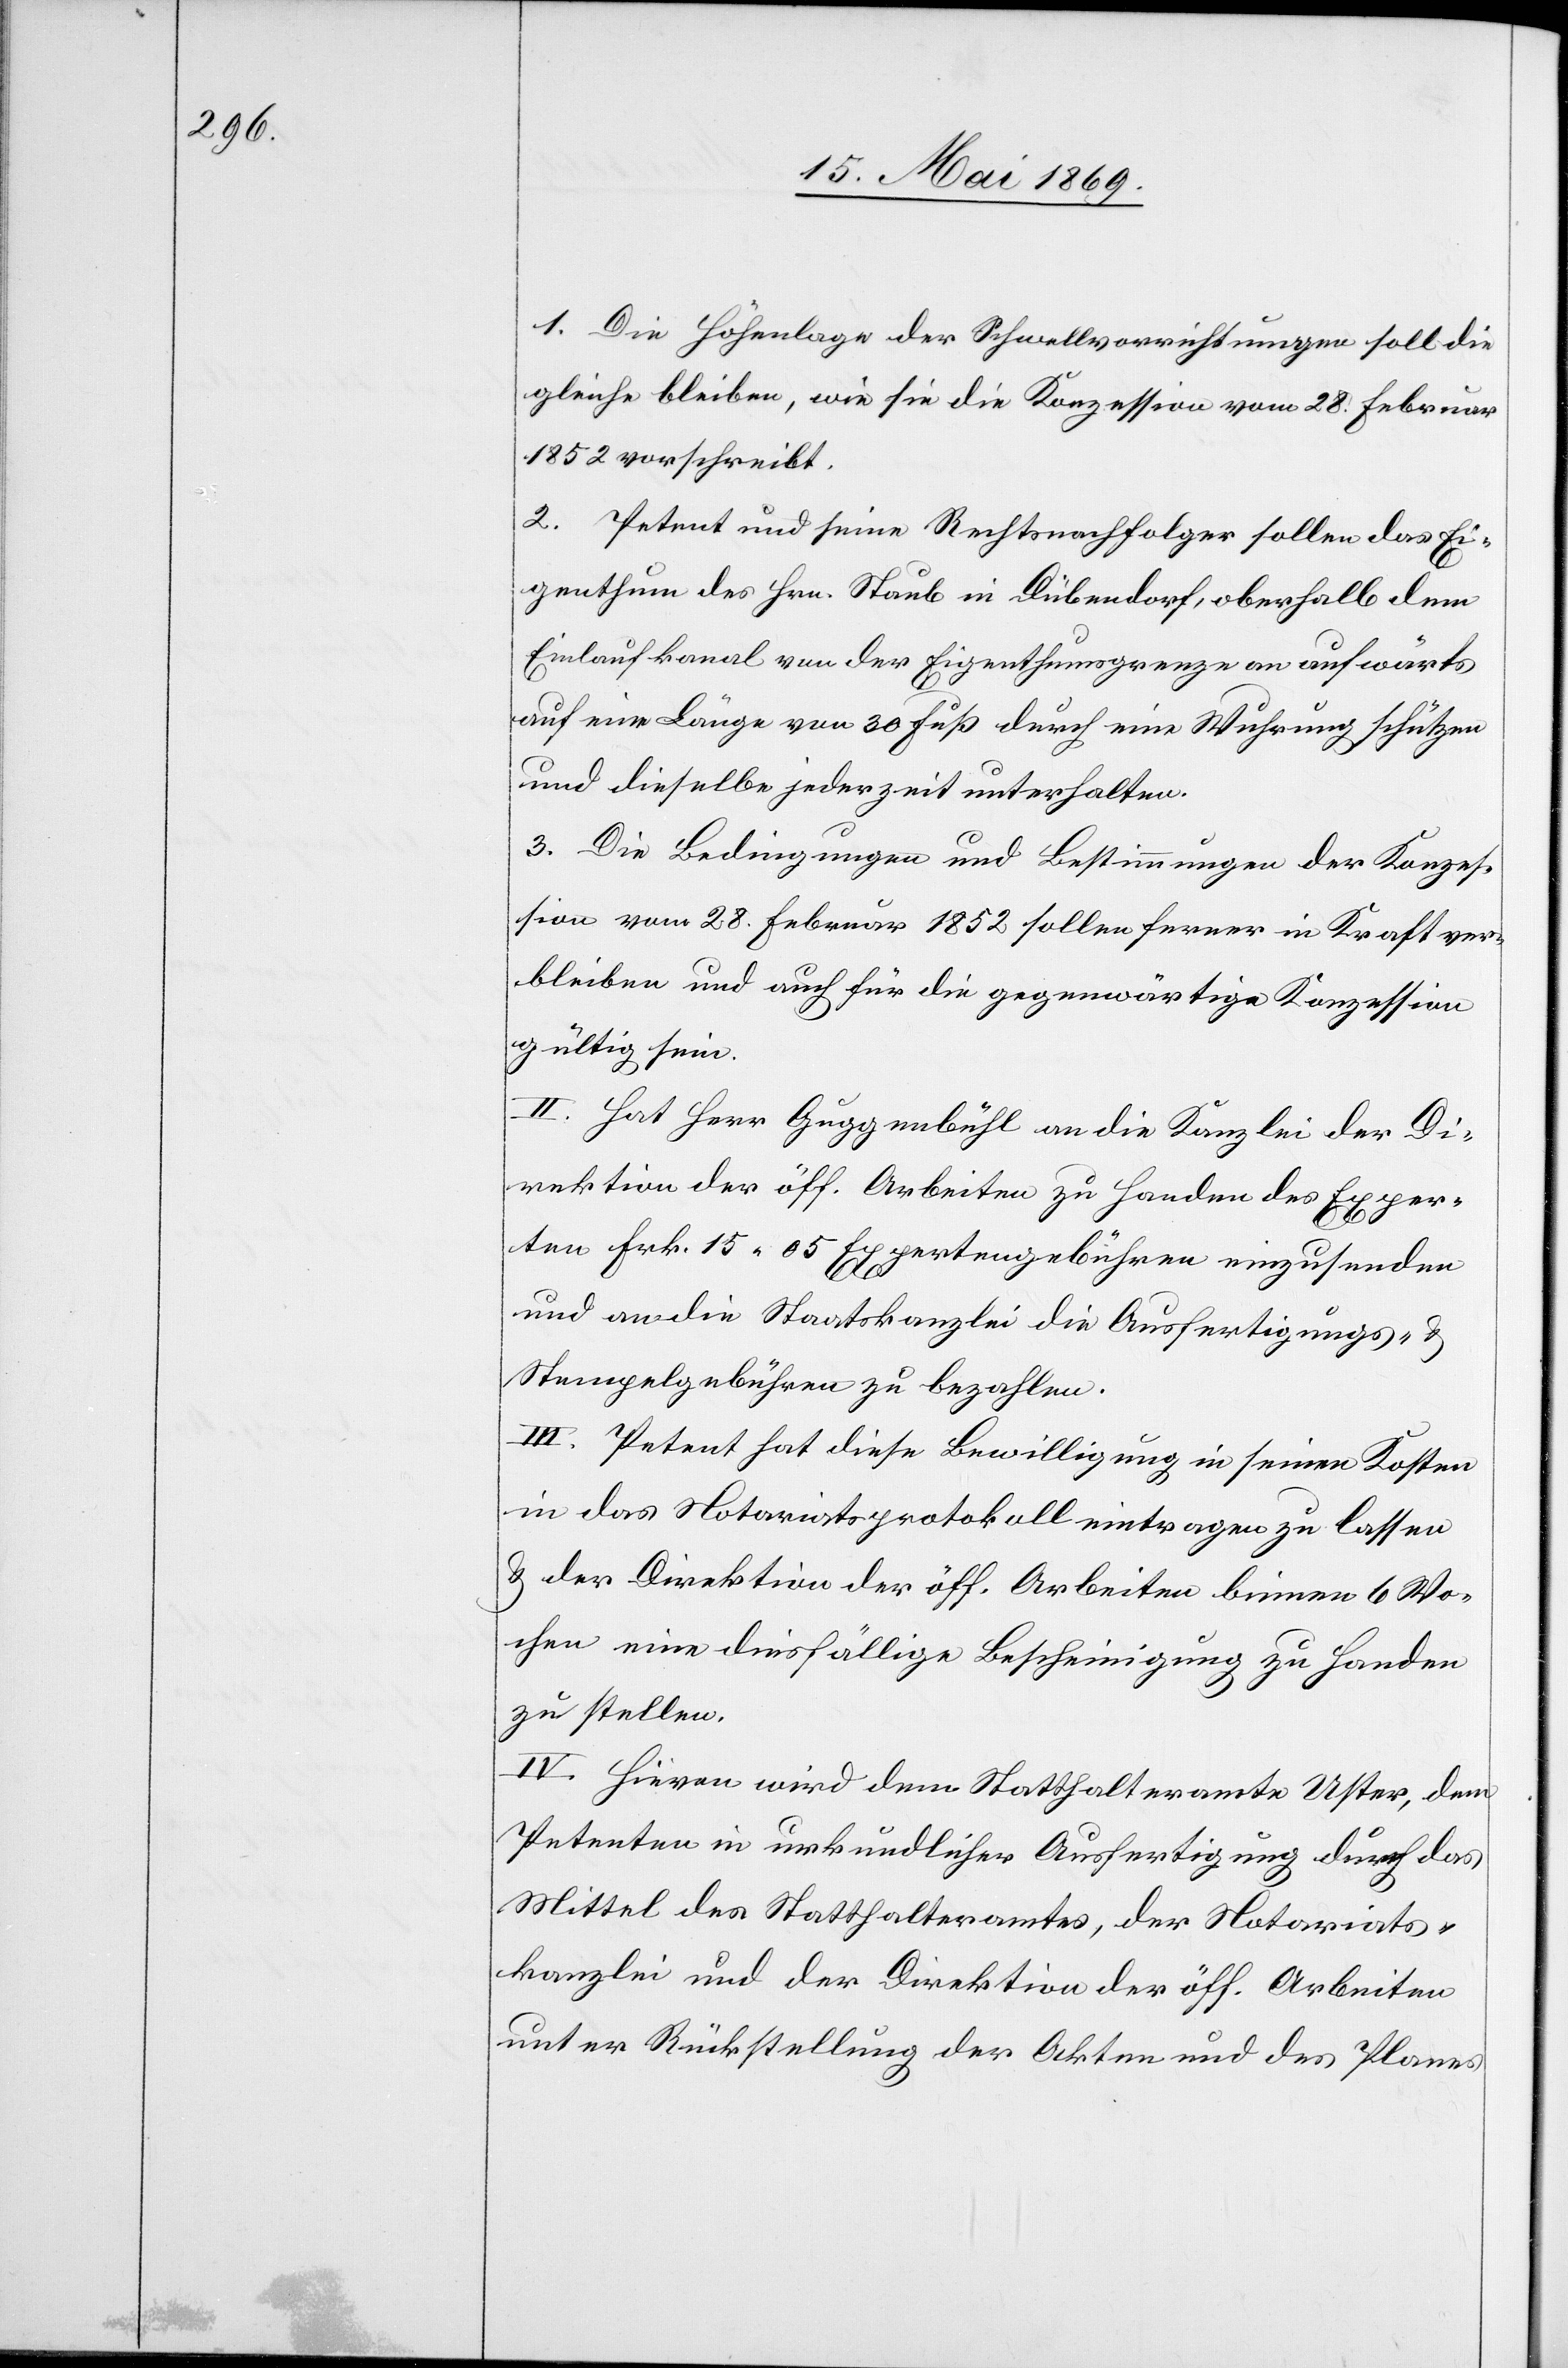
1. Die Höhenlage der Schwellvorrichtungen soll die
gleiche bleiben, wie sie für die Konzession vom 28. Februar
1852 vorschreibt.
2. Petent und seine Rechtsnachfolger sollen das Ei¬
genthum des Hrn. Staub in Dübendorf, oberhalb dem
Einlaufkanal von der Eigenthumsgrenze an aufwärts
auf eine Länge von 30 Fuß durch eine Wuhrung schützen
und dieselbe jederzeit unterhalten.
3. Die Bedingungen und Bestimmungen der Konzes¬
sion vom 28. Februar 1852 sollen ferner in Kraft ver¬
bleiben und auch für die gegenwärtige Konzession
gültig sein.
II. Hat Herr Guggenbühl an die Kanzlei der Di¬
rektion der öff. Arbeiten zu Handen der Exper¬
ten Frk. 15.05 Expertengebühren einzusenden
und an die Staatskanzlei die Ausfertigungs- u.
Stempelgebühren zu bezahlen.
III. Petent hat diese Bewilligung in seinen Kosten
in das Notariatsprotokoll eintragen zu lassen
u. der Direktion der öff. Arbeiten binnen 6 Wo¬
chen eine diesfällige Bescheinigung zu Handen
zu stellen.
IV. Hievon wird dem Statthalteramte Uster, dem
Petenten in urkundlicher Ausfertigung durch das
Mittel des Statthalteramtes, der Notariats¬
kanzlei und der Direktion der öff. Arbeiten
unter Rückstellung der Akten und des Planes